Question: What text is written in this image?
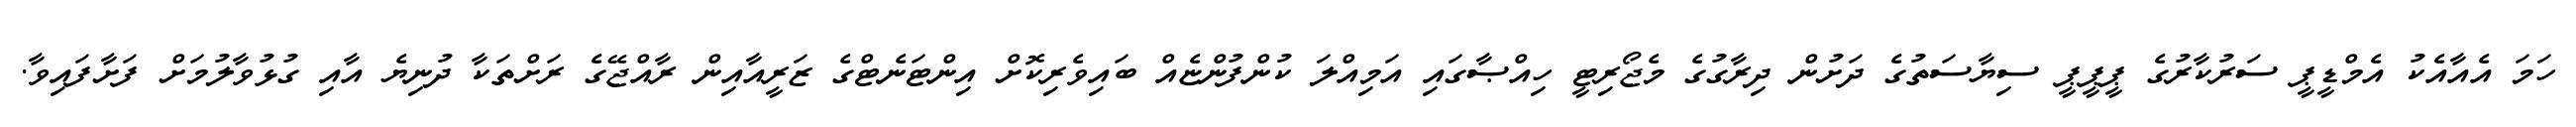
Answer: ހަމަ އެއާއެކު އެމްޑީޕީ ސަރުކާރުގެ ޕީޕީޕީ ސިޔާސަތުގެ ދަށުން ދިރާގުގެ މެޖޯރިޓީ ހިއްޞާގައި އަމިއްލަ ކުންފުންޏެއް ބައިވެރިކޮށް އިންޓަނެޓްގެ ޒަރީއާއިން ރާއްޖޭގެ ރަށްތަކާ ދުނިޔެ އާއި ގުޅުވާލުމަށް ފަށާފައިވާ.